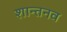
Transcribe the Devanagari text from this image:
शान्तनव